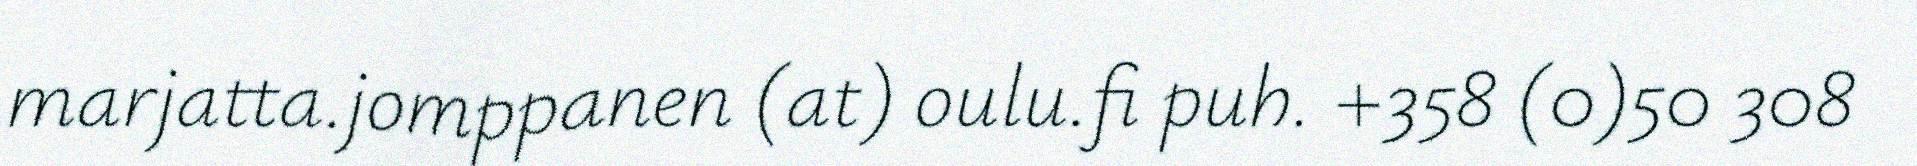
marjatta.jomppanen (at) oulu.fi puh. +358 (0)50 308